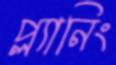
প্ল্যানিং